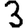
Digit: 3